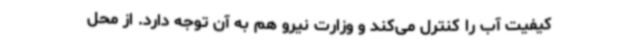
کیفیت آب را کنترل می‌کند و وزارت نیرو هم به آن توجه دارد. از محل